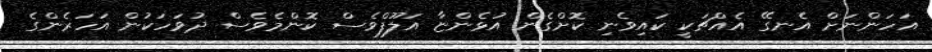
އަހަންނަށް އެނގޭ އެއްޗަކީ ކައިވެނި ކޮށްގެން އުޅެންޏާ އަލޫފްވެސް ކޮންމެވެސް ދުވަހަކުން އަހަރެންގެ